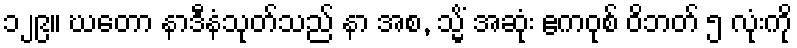
၁၂၉။ ဃတော နာဒီနံသုတ်သည် နာ အစ, သ္မိံ အဆုံး ဧကဝုစ် ဝိဘတ် ၅ လုံးကို